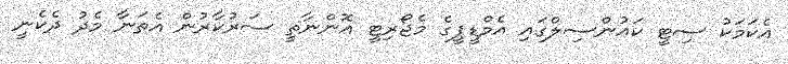
އެކަމަކު ސިޓީ ކައުންސިލްގައި އެމްޑީޕީގެ މެޖޯރިޓީ އޮންނާތީ ސަރުކާރުން އެތަނާ މެދު ދެކެނީ